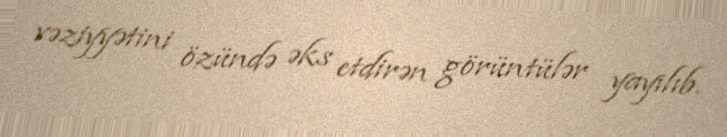
vəziyyətini özündə əks etdirən görüntülər yayılıb.